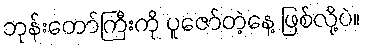
ဘုန်းတော်ကြီးကို ပူဇော်တဲ့နေ့ ဖြစ်လို့ပဲ။